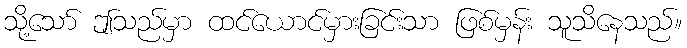
သို့သော် ဤသည်မှာ ထင်ယောင်မှားခြင်းသာ ဖြစ်မှန်း သူသိနေသည်။